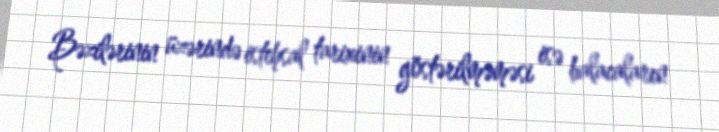
Bəzilərinin üzərində istehsal tarixinin göstərilməməsi isə balacaların